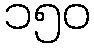
၁၅၀